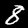
Digit: 8